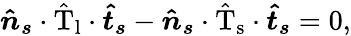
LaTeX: \boldsymbol{\hat{n}_{s}}\cdot\mathrm{\hat{T}_{l}}\cdot\boldsymbol{\hat{t}_{s}}-\boldsymbol{\hat{n}_{s}}\cdot\mathrm{\hat{T}_{s}}\cdot\boldsymbol{\hat{t}_{s}}=0,